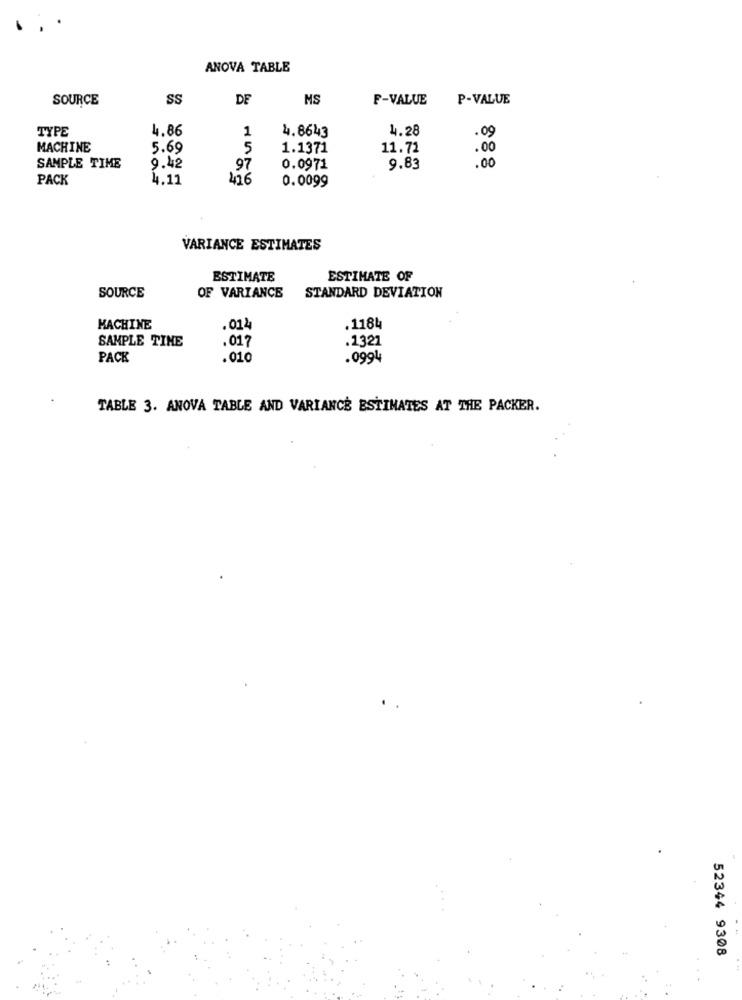
ANOVA TABLE
SOURCE
SS
DE
MS
F-VALUE
P-VALUE
4.86
1
4.8643
4.28
.09
TYPE
MACHINE
5.69
5
1.1371
11.72
.00
SAMPLE TIME
9.42
97
0.0971
9.83
.00
PACK
4.11
476
0.0099
VARIANCE ESTIMATES
ESTIMATE
ESTIMATE OF
SOURCE
OF VARIANCE
STANDARD DEVIATION
MACHINE
.014
.1184
SAMPLE TIME
.1321
.017
PACK
.010
.0994
TABLE 3. ANOVA TABLE AND VARIANCE ESTIMATES AT THE PACKER.
52344 9308